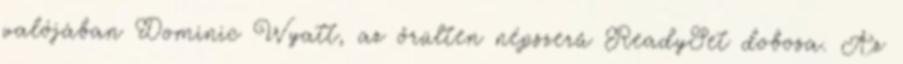
valójában Dominic Wyatt, az őrülten népszerû ReadySet dobosa. Az